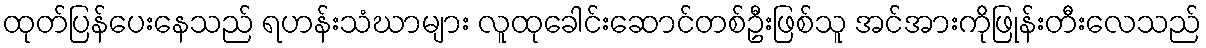
ထုတ်ပြန်ပေးနေသည် ရဟန်းသံဃာများ လူထုခေါင်းဆောင်တစ်ဦးဖြစ်သူ အင်အားကိုဖြုန်းတီးလေသည်